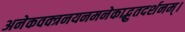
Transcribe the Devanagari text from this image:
अनेकवक्त्रनयनमनेकाद्भुतदर्शनम्‌।